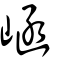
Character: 崡